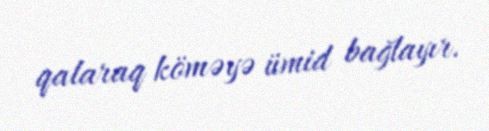
qalaraq köməyə ümid bağlayır.